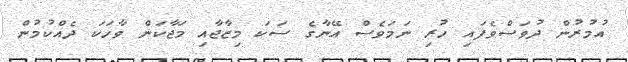
އުމުރުން ދުވަސްވެފައި ހުރި ނަމަވެސް އޭނާގެ ސަކަ މިޒާޖާއި މަޖާކަން ވާހަކަ ދެއްކުމުން